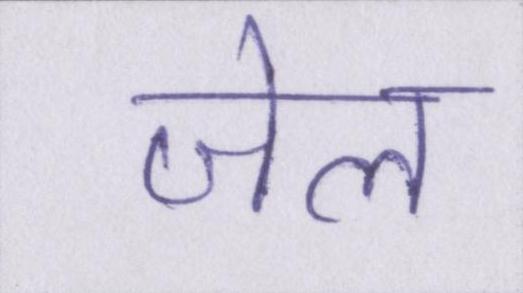
जेल